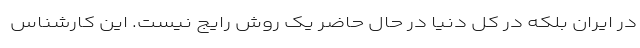
در ایران بلکه در کل دنیا در حال حاضر یک روش رایج نیست. این کارشناس